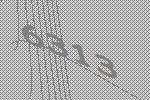
6313